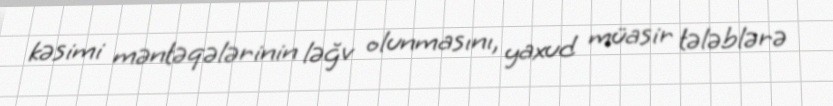
kəsimi məntəqələrinin ləğv olunmasını, yaxud müasir tələblərə